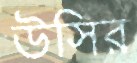
উসির